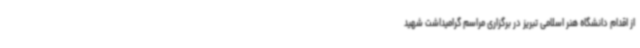
از اقدام دانشگاه هنر اسلامی تبریز در برگزاری مراسم گرامیداشت شهید